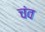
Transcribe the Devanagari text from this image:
चंव